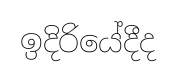
ඉදිරියේදීද